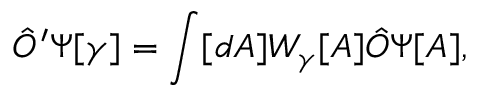
{ \hat { O } } ^ { \prime } \Psi [ \gamma ] = \int [ d A ] W _ { \gamma } [ A ] { \hat { O } } \Psi [ A ] ,